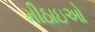
મીઠાઇઓ